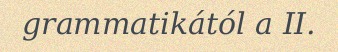
grammatikától a II.